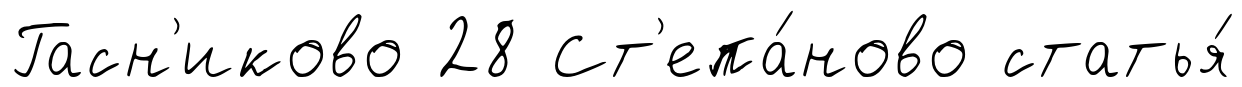
Гасн'иково 28 Ст'епа́ново статья́